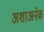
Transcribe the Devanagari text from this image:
अशाअनेक